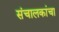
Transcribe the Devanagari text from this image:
संचालकांचा